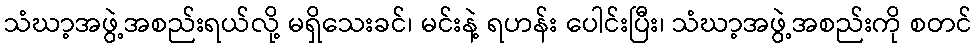
သံဃာ့အဖွဲ့အစည်းရယ်လို့ မရှိသေးခင်၊ မင်းနဲ့ ရဟန်း ပေါင်းပြီး၊ သံဃာ့အဖွဲ့အစည်းကို စတင်